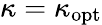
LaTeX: \kappa=\kappa_{\mathrm{opt}}